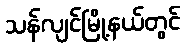
သန်လျင်မြို့နယ်တွင်